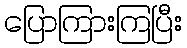
ပြောကြားကြပြီး